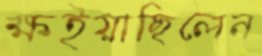
ক্ষইয়াছিলেন